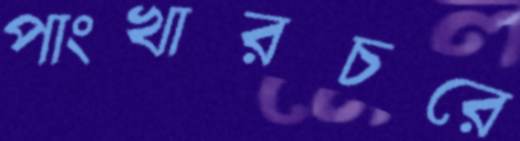
পাংখারচরে